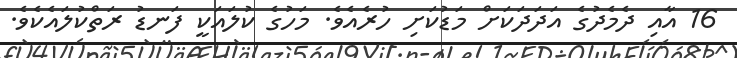
16 އާއި ދެމެދުގެ އަދަދަކަށް މަޑުކަށި ހުރެއެވެ. މަހުގެ ކުލައަކީ ފަނޑު ރަތްކުލައެކެވެ.